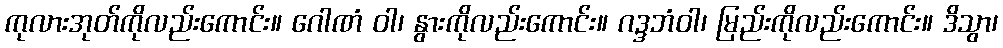
ကုလားအုတ်ကိုလည်းကောင်း။ ဂေါဏံ ဝါ၊ နွားကိုလည်းကောင်း။ ဂဒ္ဒဘံဝါ၊ မြည်းကိုလည်းကောင်း။ ဒိသွာ၊